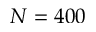
N = 4 0 0